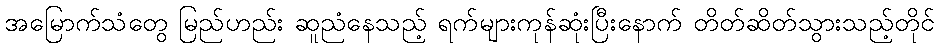
အမြောက်သံတွေ မြည်ဟည်း ဆူညံနေသည့် ရက်များကုန်ဆုံးပြီးနောက် တိတ်ဆိတ်သွားသည့်တိုင်